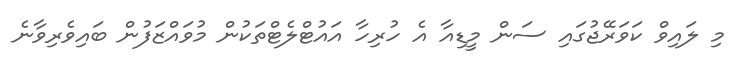
މި ލައިވް ކަވަރޭޖުގައި ސަން މީޑިއާ އެ ހުރިހާ އައުޓްލެޓްތަކުން މުވައްޒަފުން ބައިވެރިވާނެ